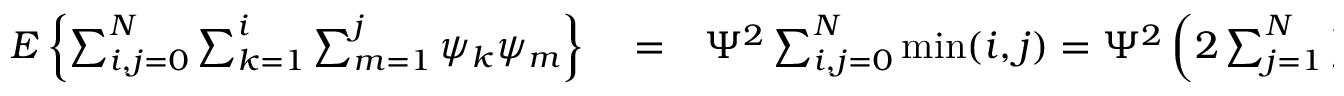
\begin{array} { r l r } { E \left\{ \sum _ { i , j = 0 } ^ { N } \sum _ { k = 1 } ^ { i } \sum _ { m = 1 } ^ { j } \psi _ { k } \psi _ { m } \right\} } & { { } = } & { \Psi ^ { 2 } \sum _ { i , j = 0 } ^ { N } \operatorname* { m i n } ( i , j ) = \Psi ^ { 2 } \left( 2 \sum _ { j = 1 } ^ { N } \sum _ { i = 0 } ^ { j - 1 } i + \sum _ { i = 0 } ^ { N } i \right) = } \end{array}